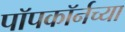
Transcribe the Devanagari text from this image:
पॉपकॉर्नच्या